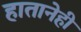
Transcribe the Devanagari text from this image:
हातानेही